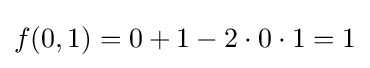
f(0,1)=0+1-2\cdot 0\cdot 1=1